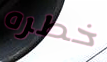
خطره